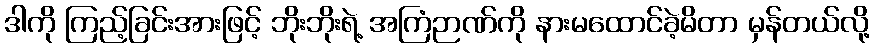
ဒါကို ကြည့်ခြင်းအားဖြင့် ဘိုးဘိုးရဲ့ အကြံဉာဏ်ကို နားမထောင်ခဲ့မိတာ မှန်တယ်လို့